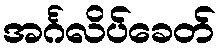
အင်္ဂလိပ်ခေတ်